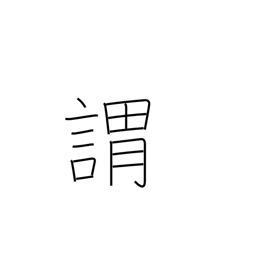
Meaning: origin